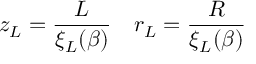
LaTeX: z _ { L } = \frac { L } { \xi _ { L } ( \beta ) } ~ ~ ~ r _ { L } = \frac { R } { \xi _ { L } ( \beta ) }